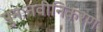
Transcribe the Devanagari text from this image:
पुनःनवीनिकरण